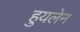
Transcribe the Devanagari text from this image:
हुयलेन